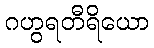
ဂဟွရတီရိယော